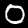
Digit: 0